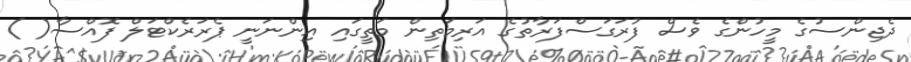
ދެޖިންސުގެ މީހުންގެ ވެސް ފުރަގަސްފަރާތުގެ އަރިމަތިން މަތީގައި އިންނަނީ ޕެރަރެކްޓަލް ފޮއްސާ( )